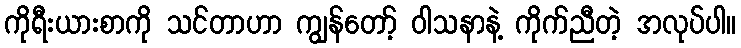
ကိုရီးယားစာကို သင်တာဟာ ကျွန်တော့် ဝါသနာနဲ့ ကိုက်ညီတဲ့ အလုပ်ပါ။